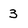
Character: 3